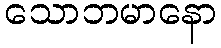
သောဘမာနော